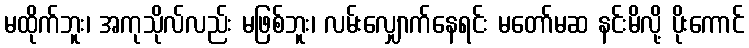
မထိုက်ဘူး၊ အကုသိုလ်လည်း မဖြစ်ဘူး၊ လမ်းလျှောက်နေရင်း မတော်မဆ နင်းမိလို့ ပိုးကောင်